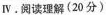
Ⅳ .阅读理解(20分)